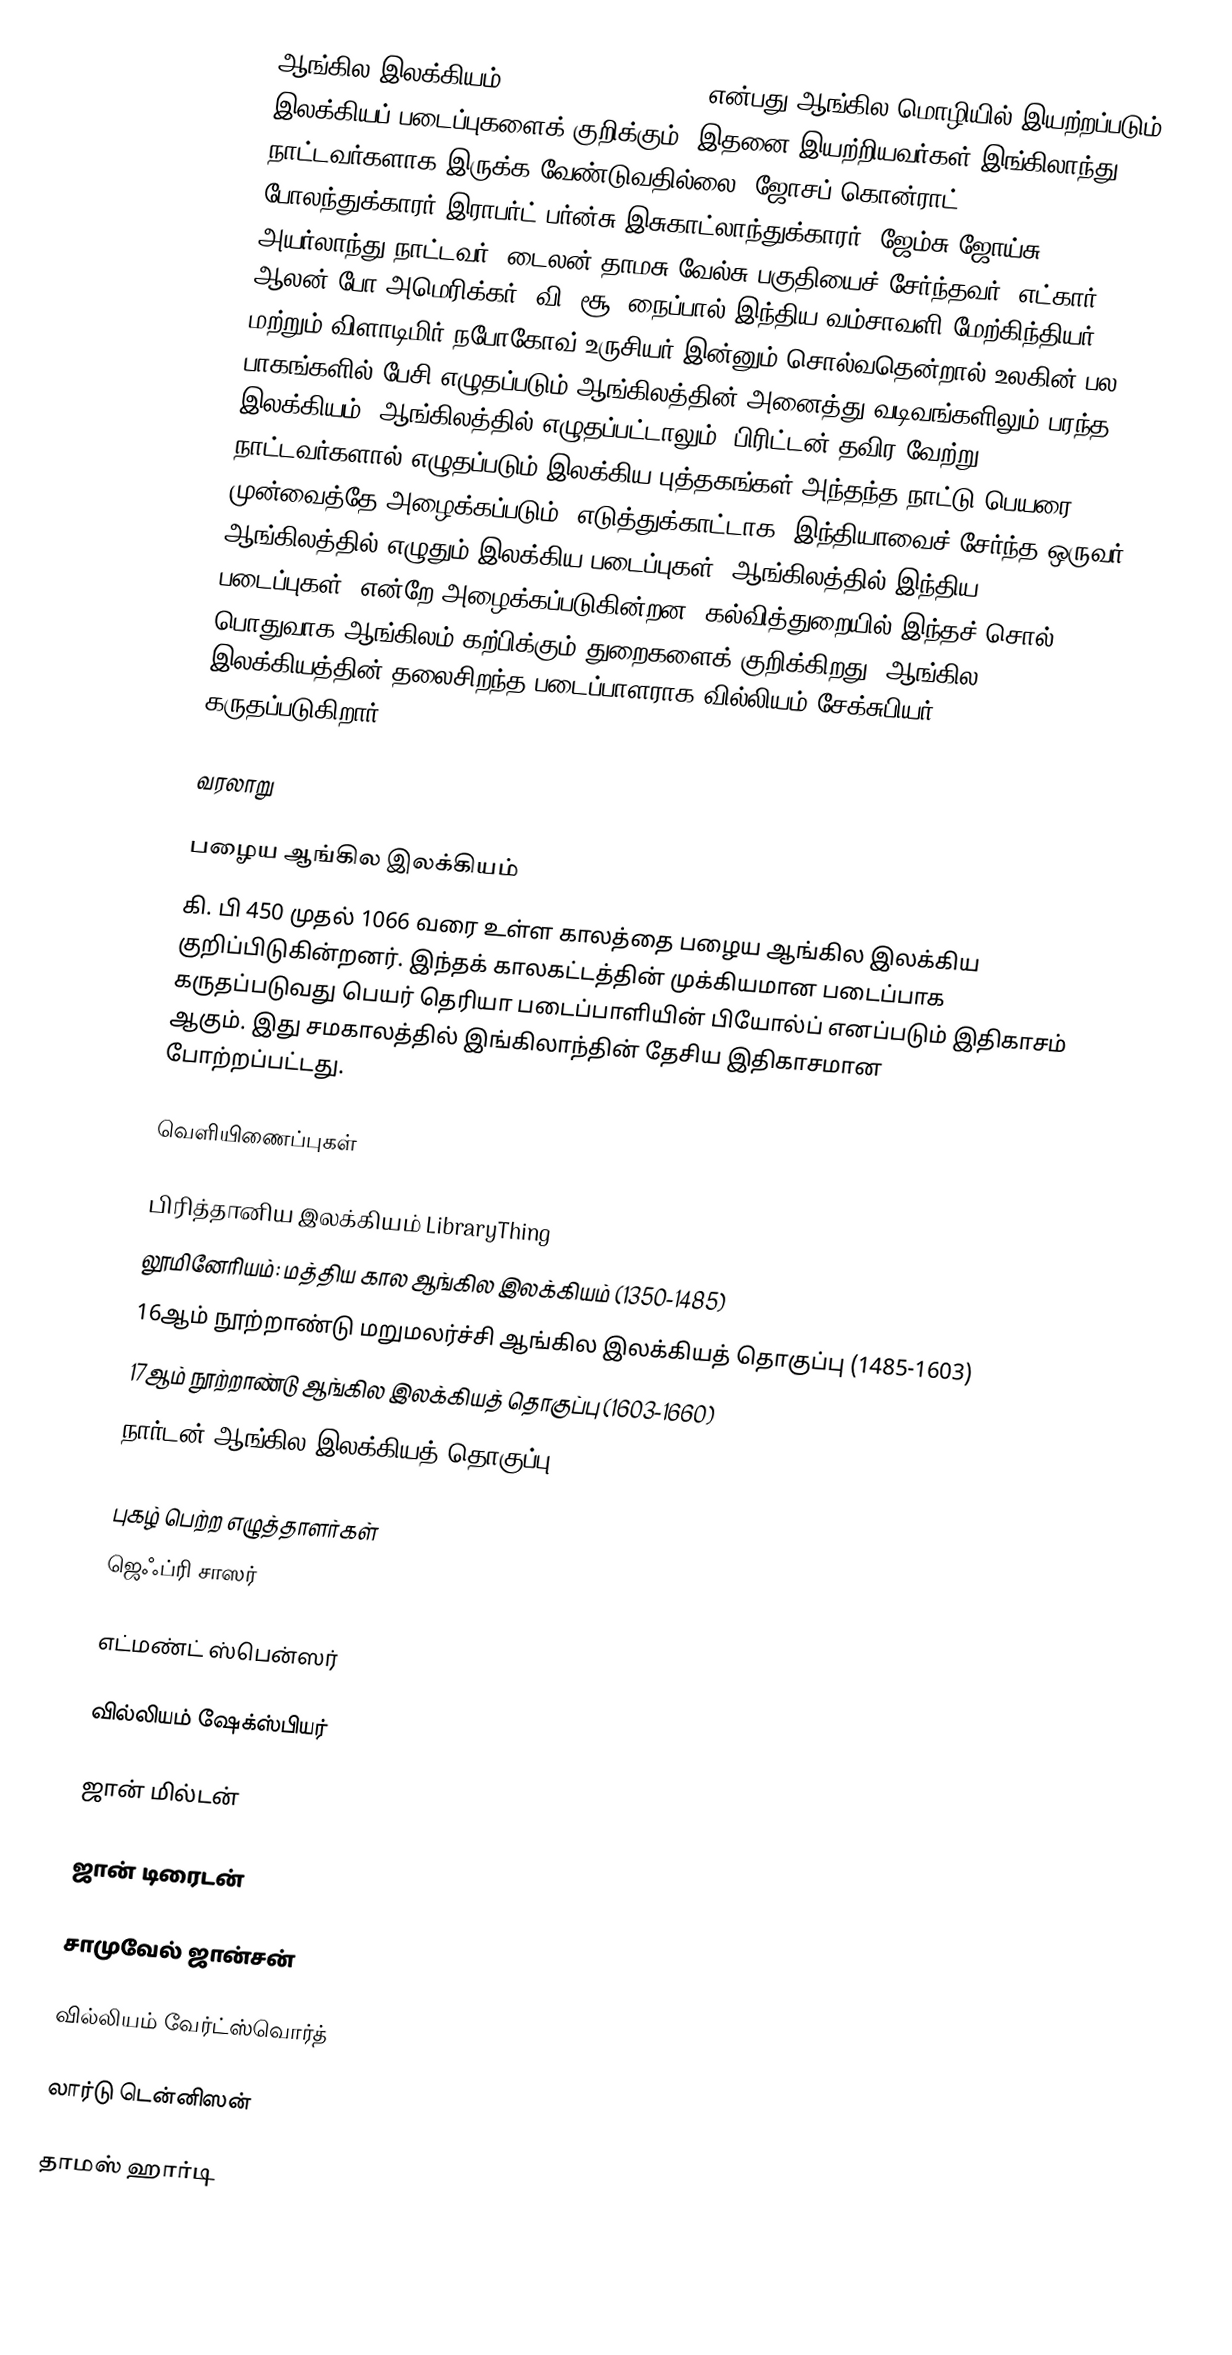
ஆங்கில இலக்கியம் (English literature) என்பது ஆங்கில மொழியில் இயற்றப்படும் இலக்கியப் படைப்புகளைக் குறிக்கும். இதனை இயற்றியவர்கள் இங்கிலாந்து நாட்டவர்களாக இருக்க வேண்டுவதில்லை; ஜோசப் கொன்ராட் போலந்துக்காரர்,இராபர்ட் பர்ன்சு இசுகாட்லாந்துக்காரர், ஜேம்சு ஜோய்சு அயர்லாந்து நாட்டவர், டைலன் தாமசு வேல்சு பகுதியைச் சேர்ந்தவர், எட்கார் ஆலன் போ அமெரிக்கர், வி. சூ. நைப்பால் இந்திய வம்சாவளி மேற்கிந்தியர் மற்றும் விளாடிமிர் நபோகோவ் உருசியர்.இன்னும் சொல்வதென்றால் உலகின் பல பாகங்களில் பேசி,எழுதப்படும் ஆங்கிலத்தின் அனைத்து வடிவங்களிலும் பரந்த இலக்கியம். ஆங்கிலத்தில் எழுதப்பட்டாலும், பிரிட்டன் தவிர வேற்று நாட்டவர்களால் எழுதப்படும் இலக்கிய புத்தகங்கள் அந்தந்த நாட்டு பெயரை முன்வைத்தே அழைக்கப்படும். எடுத்துக்காட்டாக, இந்தியாவைச் சேர்ந்த ஒருவர் ஆங்கிலத்தில் எழுதும் இலக்கிய படைப்புகள் 'ஆங்கிலத்தில் இந்திய படைப்புகள்' என்றே அழைக்கப்படுகின்றன. கல்வித்துறையில் இந்தச் சொல் பொதுவாக ஆங்கிலம் கற்பிக்கும் துறைகளைக் குறிக்கிறது. ஆங்கில இலக்கியத்தின் தலைசிறந்த படைப்பாளராக வில்லியம் சேக்சுபியர் கருதப்படுகிறார்.

வரலாறு

பழைய ஆங்கில இலக்கியம்
கி. பி 450 முதல் 1066 வரை உள்ள காலத்தை பழைய ஆங்கில இலக்கிய குறிப்பிடுகின்றனர். இந்தக் காலகட்டத்தின் முக்கியமான படைப்பாக கருதப்படுவது  பெயர் தெரியா படைப்பாளியின் பியோல்ப் எனப்படும் இதிகாசம் ஆகும். இது சமகாலத்தில் இங்கிலாந்தின் தேசிய இதிகாசமான போற்றப்பட்டது.

வெளியிணைப்புகள்

 பிரித்தானிய இலக்கியம் LibraryThing
 லூமினேரியம்: மத்திய கால ஆங்கில இலக்கியம் (1350-1485)
 16ஆம் நூற்றாண்டு மறுமலர்ச்சி ஆங்கில இலக்கியத் தொகுப்பு (1485-1603)
 17ஆம் நூற்றாண்டு ஆங்கில இலக்கியத் தொகுப்பு (1603-1660)
 நார்டன் ஆங்கில இலக்கியத் தொகுப்பு

புகழ் பெற்ற எழுத்தாளர்கள்
ஜெஃப்ரி சாஸர்

எட்மண்ட் ஸ்பென்ஸர்

வில்லியம் ஷேக்ஸ்பியர்

ஜான் மில்டன்

ஜான் டிரைடன்

சாமுவேல் ஜான்சன்

வில்லியம் வேர்ட்ஸ்வொர்த்

லார்டு டென்னிஸன்

தாமஸ் ஹார்டி